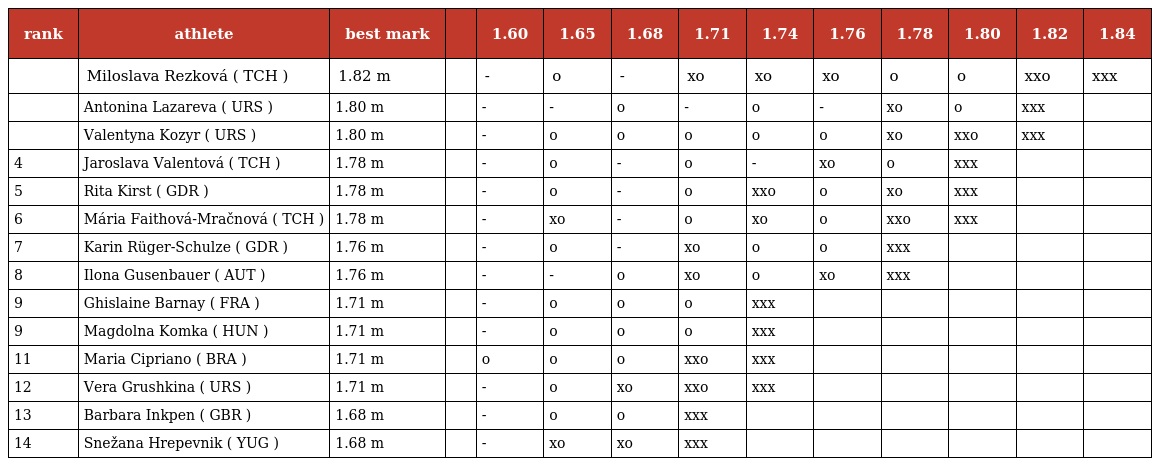
| rank | athlete | best mark |  | 1.60 | 1.65 | 1.68 | 1.71 | 1.74 | 1.76 | 1.78 | 1.80 | 1.82 | 1.84 |
 | --- | --- | --- | --- | --- | --- | --- | --- | --- | --- | --- | --- | --- | --- |
 |  | Miloslava Rezková ( TCH ) | 1.82 m |  | - | o | - | xo | xo | xo | o | o | xxo | xxx |
 |  | Antonina Lazareva ( URS ) | 1.80 m |  | - | - | o | - | o | - | xo | o | xxx |  |
 |  | Valentyna Kozyr ( URS ) | 1.80 m |  | - | o | o | o | o | o | xo | xxo | xxx |  |
 | 4 | Jaroslava Valentová ( TCH ) | 1.78 m |  | - | o | - | o | - | xo | o | xxx |  |  |
 | 5 | Rita Kirst ( GDR ) | 1.78 m |  | - | o | - | o | xxo | o | xo | xxx |  |  |
 | 6 | Mária Faithová-Mračnová ( TCH ) | 1.78 m |  | - | xo | - | o | xo | o | xxo | xxx |  |  |
 | 7 | Karin Rüger-Schulze ( GDR ) | 1.76 m |  | - | o | - | xo | o | o | xxx |  |  |  |
 | 8 | Ilona Gusenbauer ( AUT ) | 1.76 m |  | - | - | o | xo | o | xo | xxx |  |  |  |
 | 9 | Ghislaine Barnay ( FRA ) | 1.71 m |  | - | o | o | o | xxx |  |  |  |  |  |
 | 9 | Magdolna Komka ( HUN ) | 1.71 m |  | - | o | o | o | xxx |  |  |  |  |  |
 | 11 | Maria Cipriano ( BRA ) | 1.71 m |  | o | o | o | xxo | xxx |  |  |  |  |  |
 | 12 | Vera Grushkina ( URS ) | 1.71 m |  | - | o | xo | xxo | xxx |  |  |  |  |  |
 | 13 | Barbara Inkpen ( GBR ) | 1.68 m |  | - | o | o | xxx |  |  |  |  |  |  |
 | 14 | Snežana Hrepevnik ( YUG ) | 1.68 m |  | - | xo | xo | xxx |  |  |  |  |  |  |